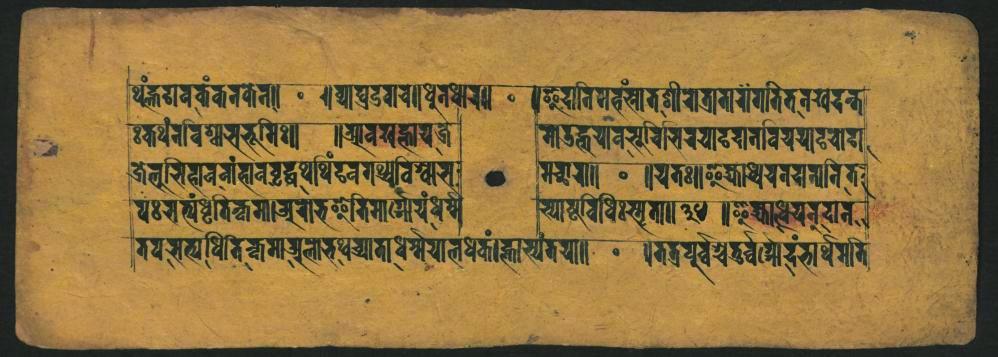
𑐬𑑂𑐠𑐸𑑄𑐨𑐐𑐰𑐎𑑄𑐎𑐣𑐎𑐾𑐣𑑌 𑑅𑐎𑐠𑑄𑐣𑐰𑐶𑐱𑑂𑐰𑐵𑐔𑐨𑐹𑐩𑐟𑐶𑑅𑑌 𑐖𑐾𑐮𑐸𑐮𑐶𑐴𑐵𑐰𑐣𑐵𑑄𑐨𑐵𑐰𑐧𑐺𑐡𑑂𑐢𑐠𑐷𑐠𑐶𑑄𑐰𑐐𑐠𑑂𑐫𑐰𑐶𑐱𑑂𑐰𑐵𑐨𑑂𑐰𑐵 𑐥𑑅𑐨𑐟𑑂𑐫𑑄𑐢𑐺𑐟𑐶𑐎𑑂𑐎𑐩𑑋𑐀𑐬𑐵𑐨𑐿𑐟𑐶𑐩𑐵𑐬𑑂𑐩𑐾𑐫𑑄𑐢𑐬𑐲𑐿 𑐟𑐥𑐳𑐟𑑂𑐫𑐥𑐶𑐨𑐶𑐎𑑂𑐎𑐺𑐩𑐵𑐀𑐮𑑀𑐨𑐠𑐔𑑂𑐫𑐵𑐟𑐵𑐢𑐬𑑂𑐩𑑂𑐩𑐫𑐵𑐮𑐢𑐎𑑄𑑋𑐨𑐵𑐳𑑂𑐫𑑄𑐟𑐫𑐵𑑌